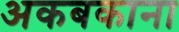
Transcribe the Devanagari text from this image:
अकबकाना